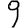
Digit: 9